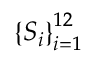
\left\{ S _ { i } \right\} _ { i = 1 } ^ { 1 2 }